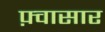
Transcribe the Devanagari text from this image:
फ़्वासार